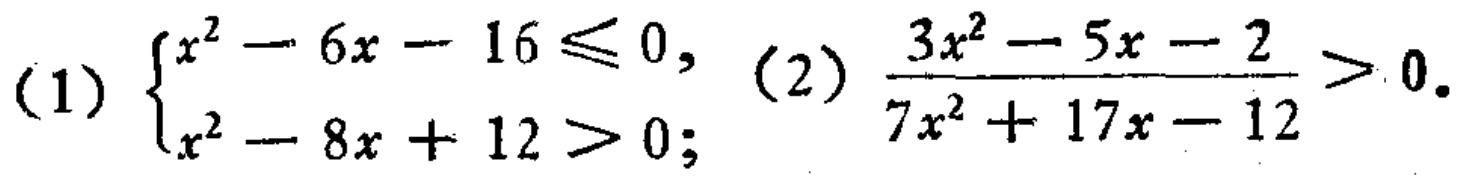
(1) \(\begin{cases}x^{2}-6x - 16\leqslant0,\\x^{2}-8x + 12>0;\end{cases}\) (2) \(\frac{3x^{2}-5x - 2}{7x^{2}+17x - 12}>0\)